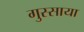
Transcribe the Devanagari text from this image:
गुस्साया